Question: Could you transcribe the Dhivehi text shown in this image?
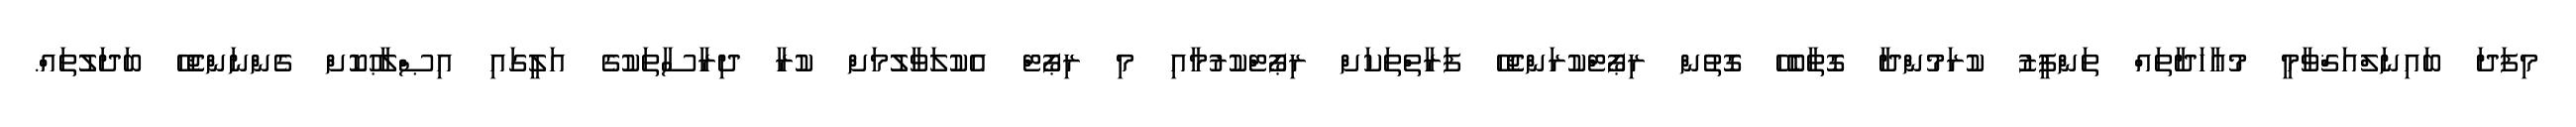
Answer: މިފަދަ ބައިނަލްއަޤްވާމީ މުޢާހަދާތައް ތަންފީޒު ކުރަމުންދާ ގޮތާބެހޭ ގޮތުން ރިޕޯޓްކުރަންޖެހޭ ފަރާތްތަކަށް ރިޕޯޓްކުރުމާއި މި ރިޕޯޓް އެކުލަވާލުމަށް ކުރާ ދިރާސާތަކުގެ އަލީގައި އިޞްލާޙުކޮށް ގެންނަންޖެހޭ ބަދަލުތައް.